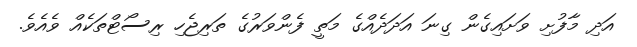
އަދި މާފުށި ވަށައިގެން ގިނަ އަދަދެއްގެ މަތީ ފެންވަރުގެ ތަރިޖެހި ރިސޯޓްތަކެއް ވެއެވެ.